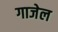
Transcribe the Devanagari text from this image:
गाजेल